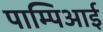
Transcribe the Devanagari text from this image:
पाम्पिआई